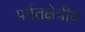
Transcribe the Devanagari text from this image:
पर्वतक्षेत्रीय